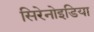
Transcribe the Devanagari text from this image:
सिरेनोइडिया